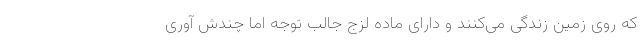
که روی زمین زندگی می‌کنند و دارای ماده لزج جالب توجه اما چندش آوری